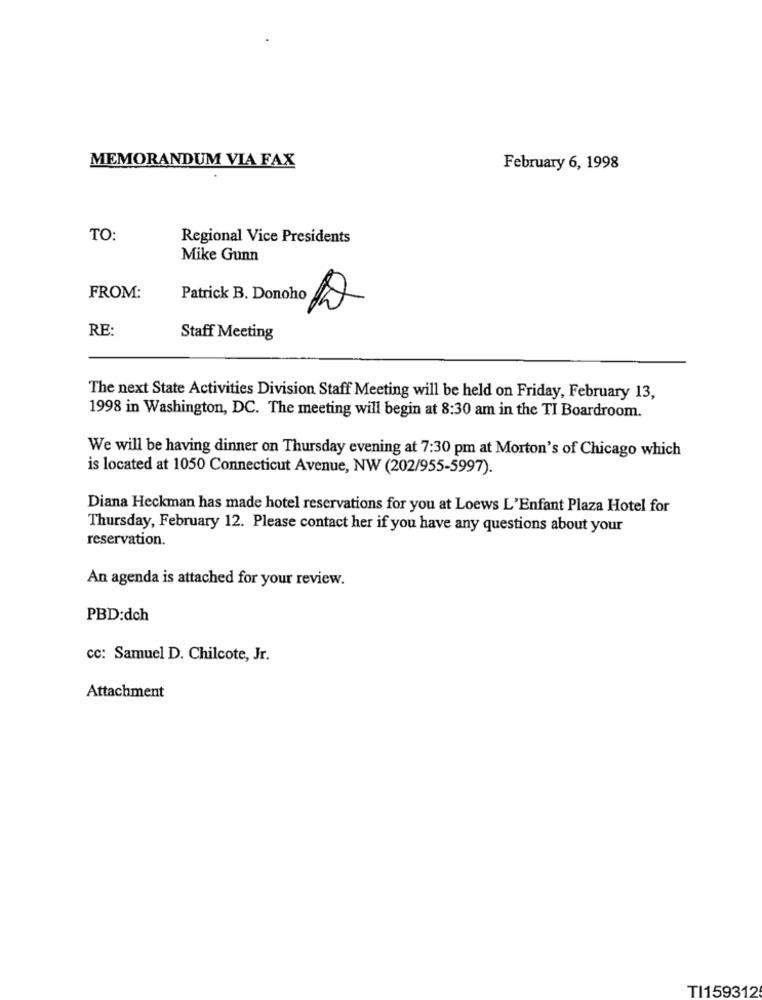
MEMORANDUM VIA FAX
February 6, 1998
TO:
Regional Vice Presidents
Mike Gunn
FROM:
Patrick B. Donoho
RE:
Staff Meeting
The next State Activities Division Staff Meeting will be held on Friday, February 13,
1998 in Washington, DC. The meeting will begin at 8:30 am in the TI Boardroom.
We will be having dinner on Thursday evening at 7:30 pm at Morton's of Chicago which
is located at 1050 Connecticut Avenue, NW (202/955-5997).
Diana Heckman has made hotel reservations for you at Loews L'Enfant Plaza Hotel for
Thursday, February 12. Please contact her if you have any questions about your
reservation.
An agenda is attached for your review.
PBD:dch
cc: Samuel D. Chilcote, Jr.
Attachment
TI159312